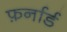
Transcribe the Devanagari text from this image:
फ़र्नार्ड